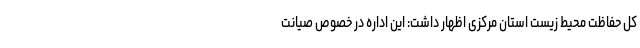
کل حفاظت محیط زیست استان مرکزی اظهار داشت: این اداره در خصوص صیانت